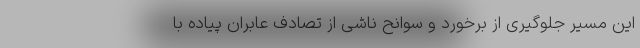
این مسیر جلوگیری از برخورد و سوانح ناشی از تصادف عابران پیاده با